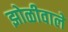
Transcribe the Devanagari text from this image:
झोळीवाले